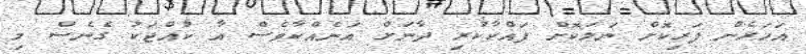
އަހަރެން ފަރިކޮށް ނަލަކޮށް ފައްކާކުރި ދާނަށް އަނެއްކާވެސް އާ ކުއްޖަކު ގެނެސް މި